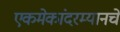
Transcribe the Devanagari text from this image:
एकमेकांदरम्यानचे